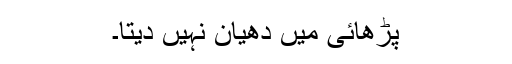
پڑھائی میں دھیان نہیں دیتا۔